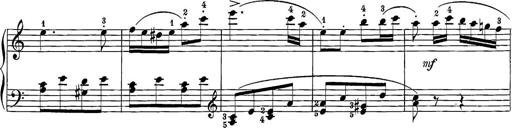
Title: 12 Sonatine per Pianoforte
Composer: Friedrich Kuhlau